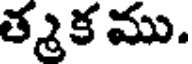
త్మక ము.